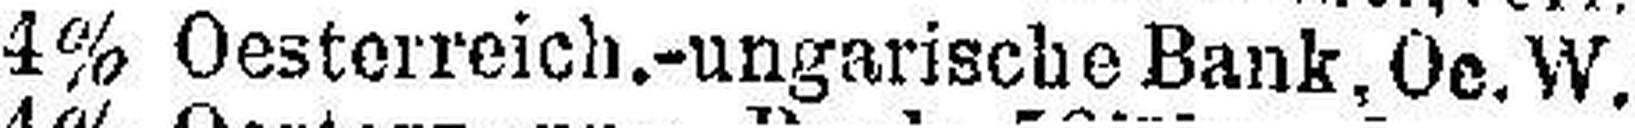
4% Oesterreich.-ungarische Bank, Oe. W.